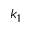
k _ { 1 }